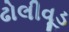
ઢોલીવૂડ